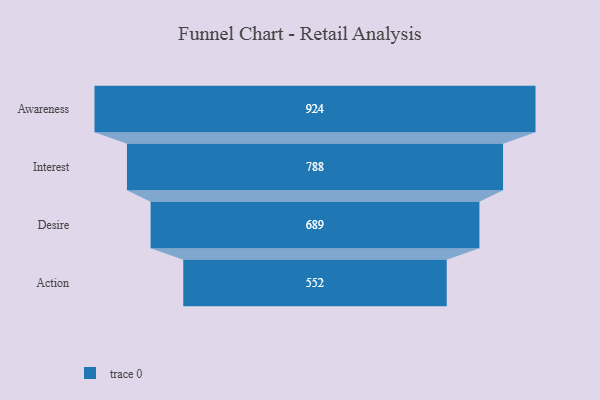
{"axis": {"x": "Stage", "y": "Value"}, "legend": [""], "data": [{"x": "Awareness", "y": 924.0, "type": ""}, {"x": "Interest", "y": 788.0, "type": ""}, {"x": "Desire", "y": 689.0, "type": ""}, {"x": "Action", "y": 552.0, "type": ""}]}